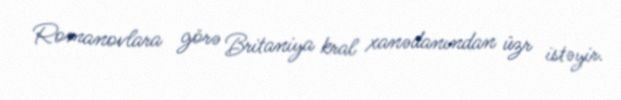
Romanovlara görə Britaniya kral xanədanından üzr istəyir.